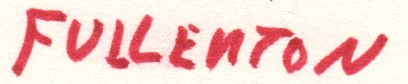
FULLENTON